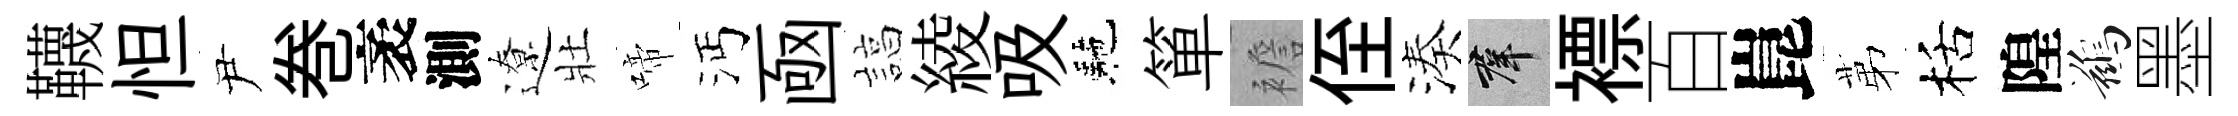
韈怛尹巻袤測遼壯啼沔凾諄綾吸駰箪襜侄湊群褾百崑苐栝隍鷀墨